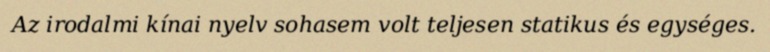
Az irodalmi kínai nyelv sohasem volt teljesen statikus és egységes.